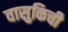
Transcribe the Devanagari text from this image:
वासुकिची